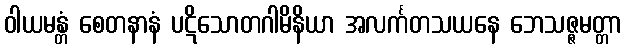
ဝါယမန္တံ စေတနာနံ ပဋိသောတဂါမိနိယာ အလင်္ကတသယနေ ဘေသဇ္ဇမတ္တာ